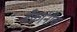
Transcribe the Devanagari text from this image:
बँकांनीच